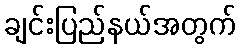
ချင်းပြည်နယ်အတွက်